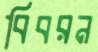
বিবরন